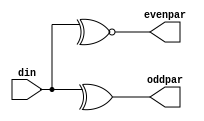
module paritycheck (input [7:0]din,output oddpar,evenpar);
 assign oddpar=^(din);
 assign evenpar=~^(din);
endmodule



module tb;
 reg [7:0] din;
 wire oddpar,evenpar;
 
 paritycheck ch(din,oddpar,evenpar);
 initial begin
 repeat(10)begin
 din=$random;
 #10;
 end
 #200 $finish();
 end
 initial
 $monitor($time,"din=%b,oddpar=%b,evenpar=%b",din,oddpar,evenpar);
endmodule